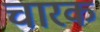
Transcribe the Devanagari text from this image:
चारक